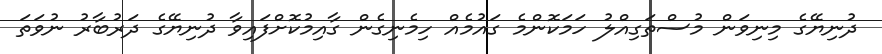
ދުނިޔޭގެ މިނިވަން މުސްތަގިއްލު ހަމަކޮންމެ ގައުމެއް ހިމެނިގެން ގާއިމުކޮށްފައިވާ ދުނިޔޭގެ ދަރުބާރު ނުވަތަ